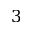
3